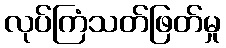
လုပ်ကြံသတ်ဖြတ်မှု